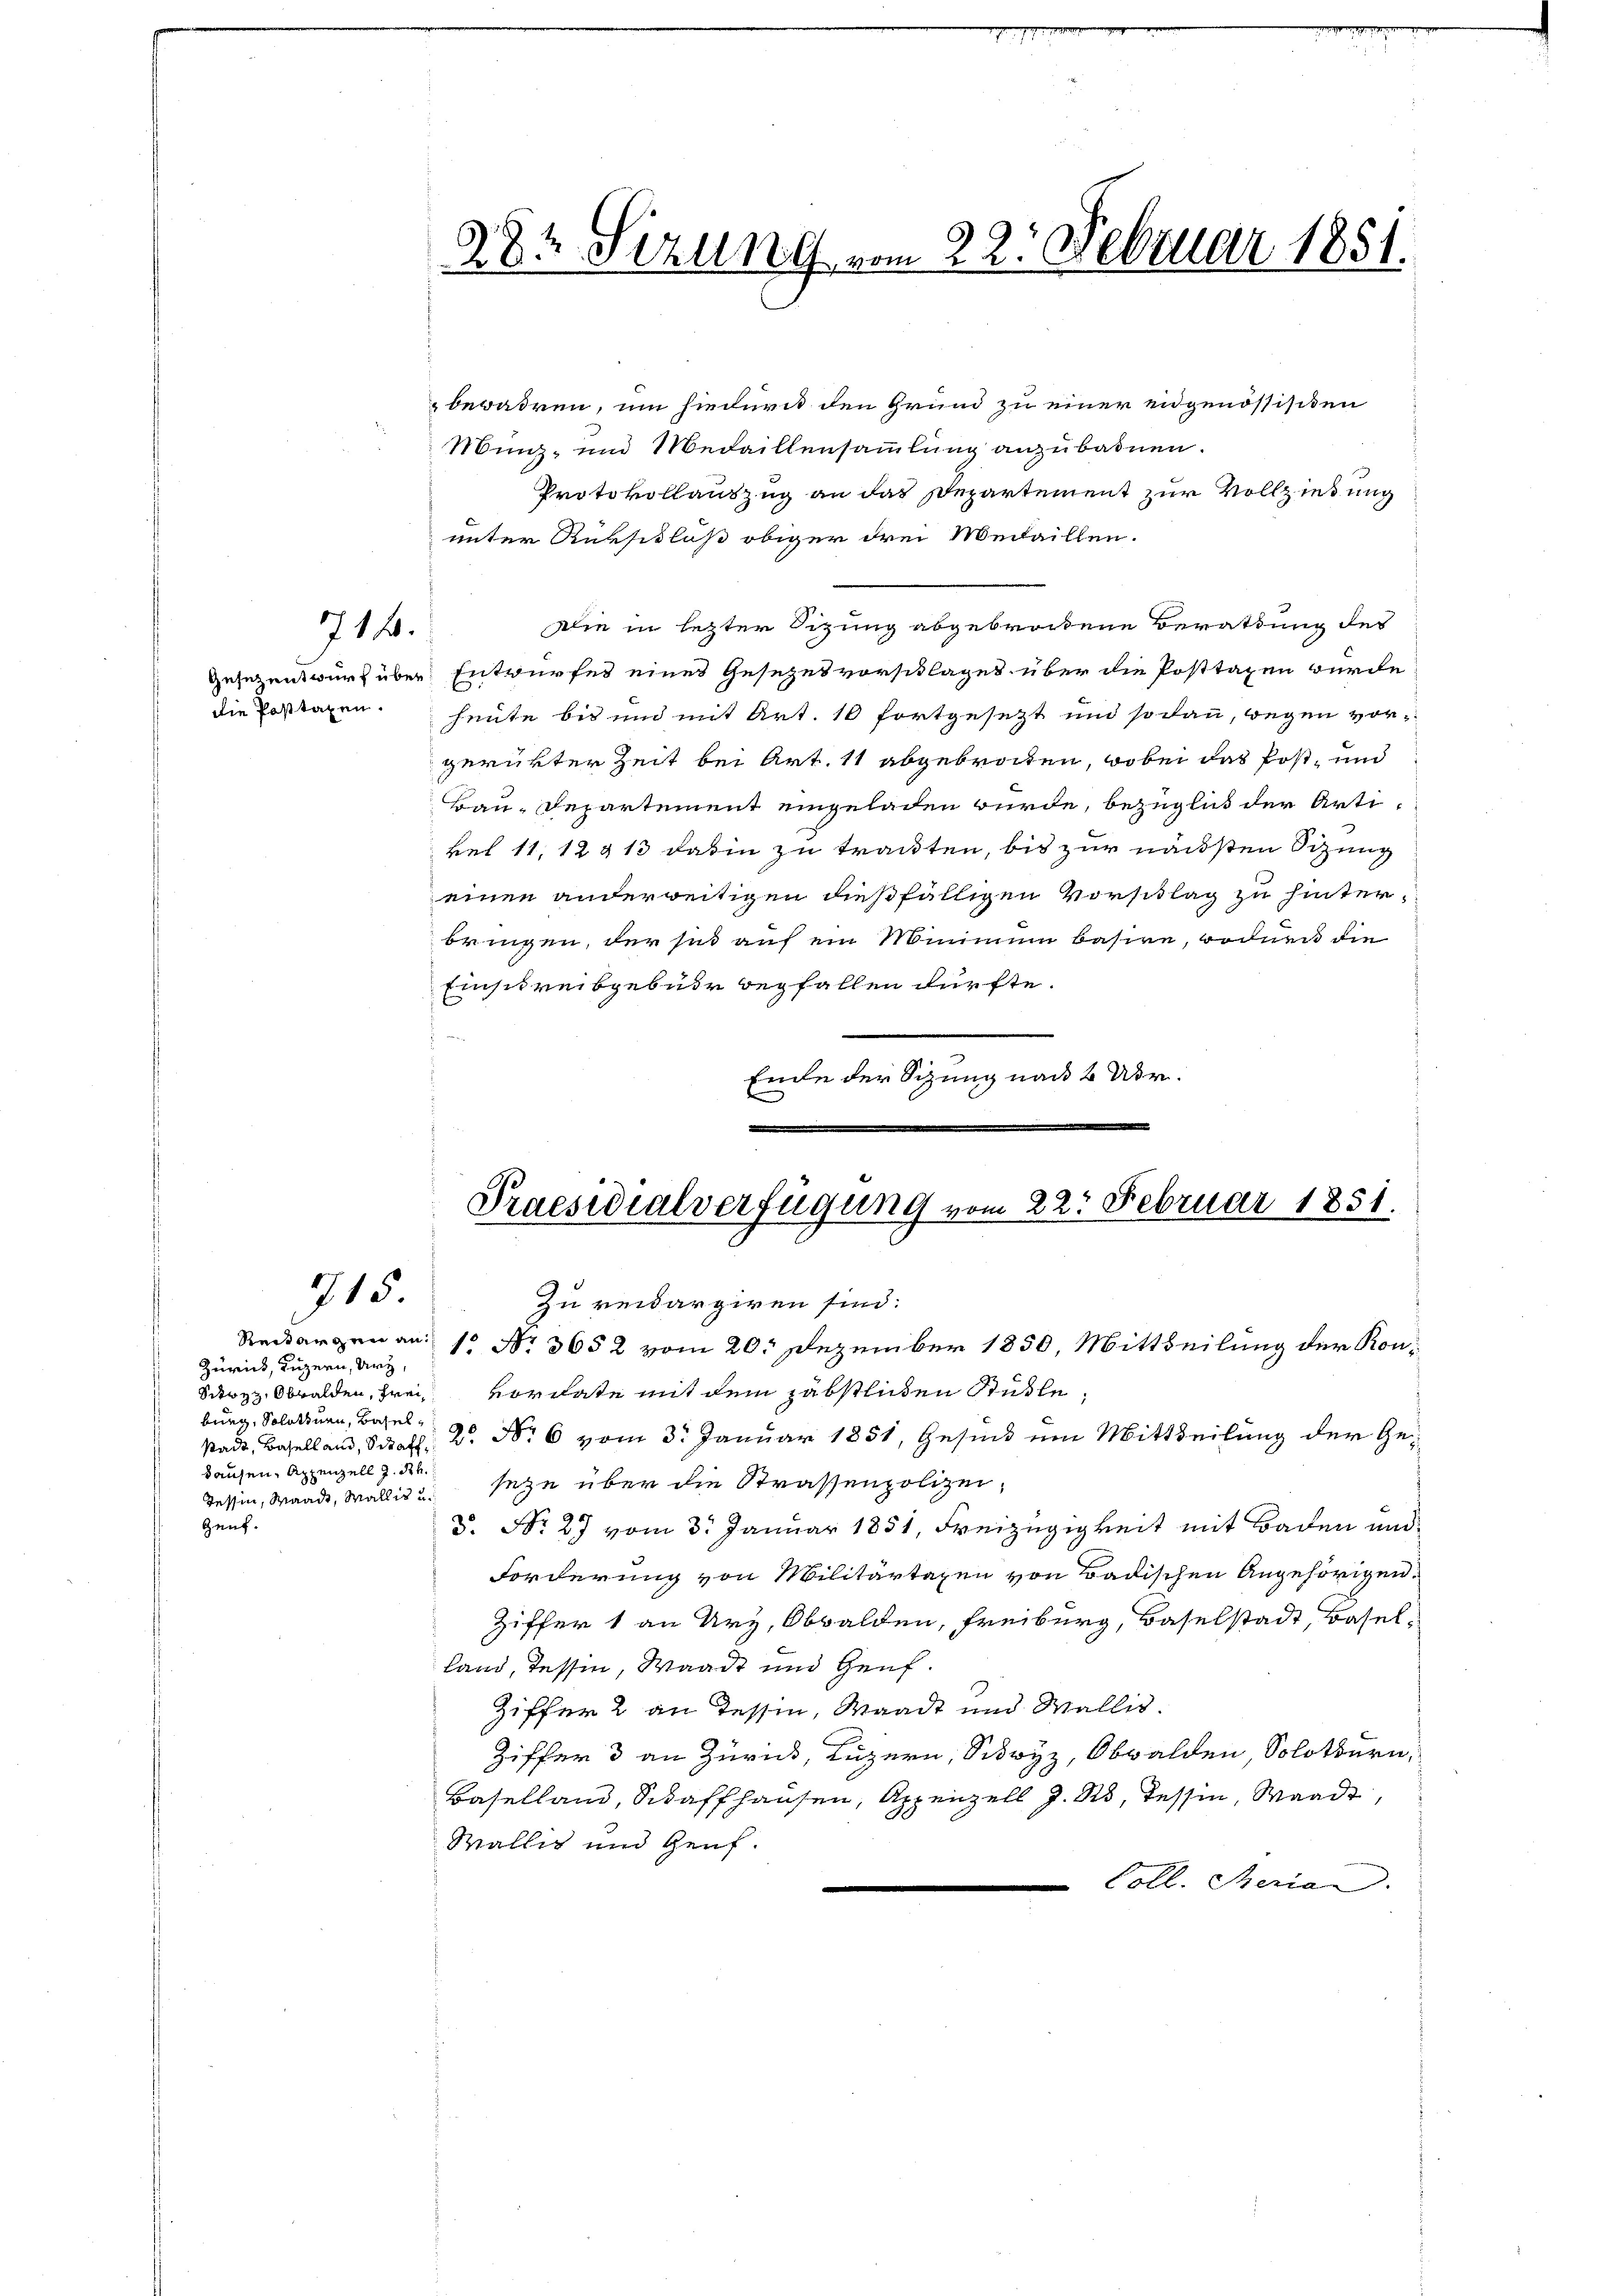
714.

Die Posttaxen.

715.

Zürich, Luzern, Ury,
burg, Solothurn, Basel
Tessin, Waadt, Wallis u.
Gauf.

28r Sizung vom 22. Februar 1851.

bewahren, um hiedurch den Grund zu einer eidgenössisiten
Münz- und Medaillensammlung anzubadnen.
Protokollauszug an das Departement zur Vollziehung
unter Rüksidloß obiger drei Medaillen.
ilie in letzter Sizung abgebrochene Berathung des
gesezentwurf über Entwurfes eines Gesetzesvorschlages über die Posttagen wurde
heute bis und mit Art. 10 fortgesetzt und sodann, wegen vorgerückter Zeit bei Art. 11 abgebrochten, wobei das Post- und
Bau-Departement eingeladen würde, bezüglich der Arti¬
.
kel 11, 12813 dahin zu trauten, bis zur nächsten Sizung
einen anderweitigen dießfälligen Vorsittag zu hinterbringen, der sit auf ein Minimum basire, wodurch die
Einschreibgebuer begfallen dürfte.
Ende der Sitzung nach 2 Vor
E

Zu reidargiren sind:
Reckargen an 1. No. 3652 vom 20. Dezember 1850, Mittheilung der Kon¬
Scwyz, Obwalden, frei, vordate mit dem päbstlichen Stühle,
Stadt, Baselland, Schall 2 Nr 6 vom 3. Januar 1851, Gesind um Mittheilung der Gedausen, Appenzell z. de sehe über die Strassenpolizei,
S. Nr. 27 vom 3. Januar 1851, Freizügigkeit mit Baden und
Forderung von Militärtagen von Badischen Angehörigen:
Ziffer 1 an Urz, Obwalden, Freiburg, Baselstadt, Basel-
land, Tessin, Waadt und Genf.
Ziffer 2 an Tessin, Waadt und Wallis.
Ziffer 3 an Zurück, Luzern, Schwyz, Obwalden, Solotbern,
Baselland, Schaffhausen, Appenzell J. R. Tessin, Waadt,
Wällig und Heuf.
 Coll. Meria

Praesidialverfügung vom 22. Februar 1851.